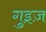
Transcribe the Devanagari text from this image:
गुइज़